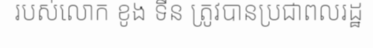
របស់លោក ខូង ទីន ត្រូវបានប្រជាពលរដ្ឋ